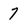
Character: 7